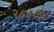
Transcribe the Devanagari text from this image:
२८४८६८